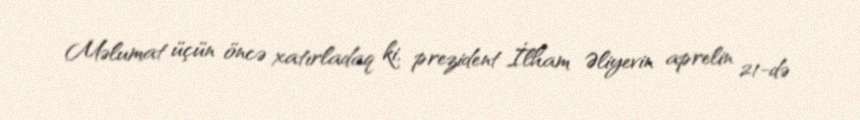
Məlumat üçün öncə xatırladaq ki, prezident İlham Əliyevin aprelin 21-də